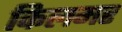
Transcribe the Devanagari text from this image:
किलमर